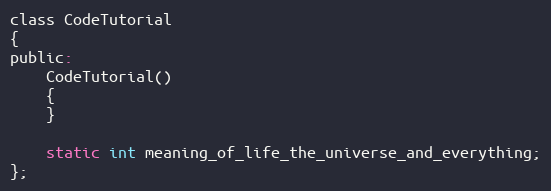
Language: C
class CodeTutorial
{
public:
	CodeTutorial()
	{
	}

	static int meaning_of_life_the_universe_and_everything;
};